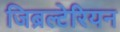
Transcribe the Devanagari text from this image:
जिब्रल्टेरियन